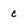
Character: c